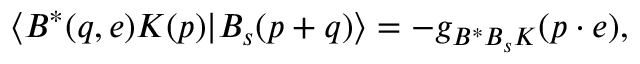
\langle B ^ { \ast } ( q , e ) K ( p ) | B _ { s } ( p + q ) \rangle = - g _ { B ^ { \ast } B _ { s } K } ( p \cdot e ) ,